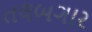
તલબગાર